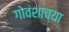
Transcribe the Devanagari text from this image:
गोवंशाच्या